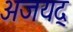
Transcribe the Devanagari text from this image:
अजयद्